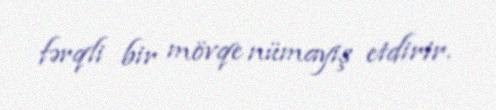
fərqli bir mövqe nümayiş etdirir.